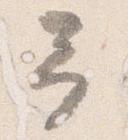
予